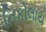
નિકોલાય